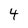
Character: 4